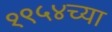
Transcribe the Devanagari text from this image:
१९५४च्या